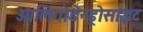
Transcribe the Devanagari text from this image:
ओलिगोडेन्ड्रोसाइट